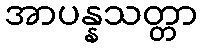
အာပန္နသတ္တာ